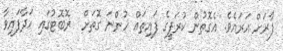
ފާރަށް އަރައެވެ. އެގޮތުން ކުރަފީގެ ފައިތައް ހުންނަ ގޮތަށް  ރޮބޮޓުގައި ހަދާފައިވާ